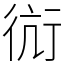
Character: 䘕